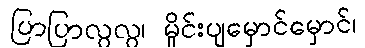
ပြာပြာလွလွ၊ မှိုင်းပျမှောင်မှောင်၊